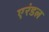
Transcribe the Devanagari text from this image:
एरंडल